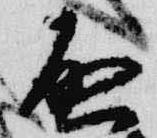
啓